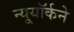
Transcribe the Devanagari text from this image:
न्यूयॉर्कने